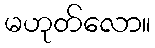
မဟုတ်လော။